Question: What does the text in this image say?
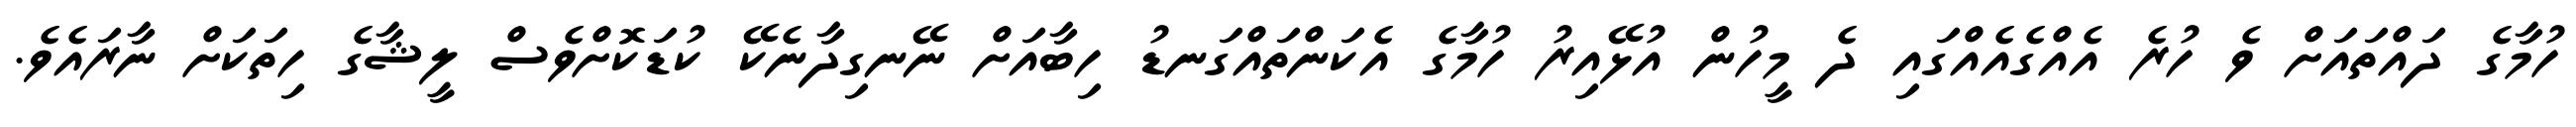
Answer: ހުމާގެ ދައްތައަށް ވެ ހުރެ އެއްގެއެއްގައި ދެ މީހުން އުޅޭއިރު ހުމާގެ އެކަންތައްގަނޑު ހިބާއަށް ނޭނގިދާނެކޭ ކުޑަކޮށްވެސް ލީޝާގެ ހިތަކަށް ނާރައެވެ.